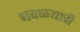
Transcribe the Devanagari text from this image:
धवळ्याची